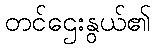
တင်ဌေးနွယ်၏